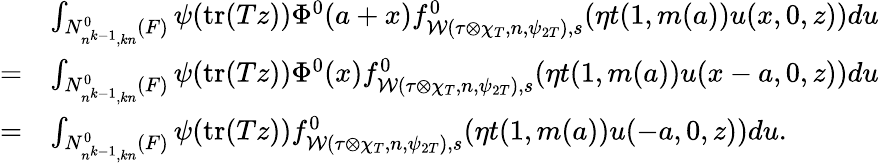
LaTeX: \begin{array}{rl}&{\int_{N_{n^{k-1},kn}^{0}(F)}\psi(\mathrm{tr}(Tz))\Phi^{0}(a+x)f_{\mathcal{W}(\tau\otimes\chi_{T},n,\psi_{2T}),s}^{0}(\eta t(1,m(a))u(x,0,z))du}\\ {=}&{\int_{N_{n^{k-1},kn}^{0}(F)}\psi(\mathrm{tr}(Tz))\Phi^{0}(x)f_{\mathcal{W}(\tau\otimes\chi_{T},n,\psi_{2T}),s}^{0}(\eta t(1,m(a))u(x-a,0,z))du}\\ {=}&{\int_{N_{n^{k-1},kn}^{0}(F)}\psi(\mathrm{tr}(Tz))f_{\mathcal{W}(\tau\otimes\chi_{T},n,\psi_{2T}),s}^{0}(\eta t(1,m(a))u(-a,0,z))du.}\end{array}